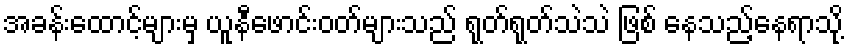
အခန်းထောင့်များမှ ယူနီဖောင်းဝတ်များသည် ရုတ်ရုတ်သဲသဲ ဖြစ် နေသည့်နေရာသို့